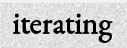
iterating